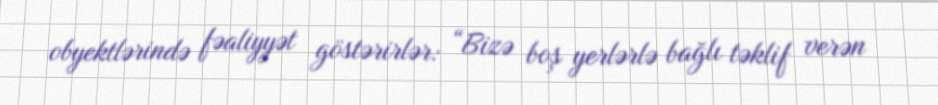
obyektlərində fəaliyyət göstərirlər: “Bizə boş yerlərlə bağlı təklif verən